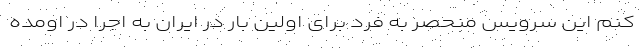
کنم این سرویس منحصر به فرد برای اولین بار در ایران به اجرا در اومده